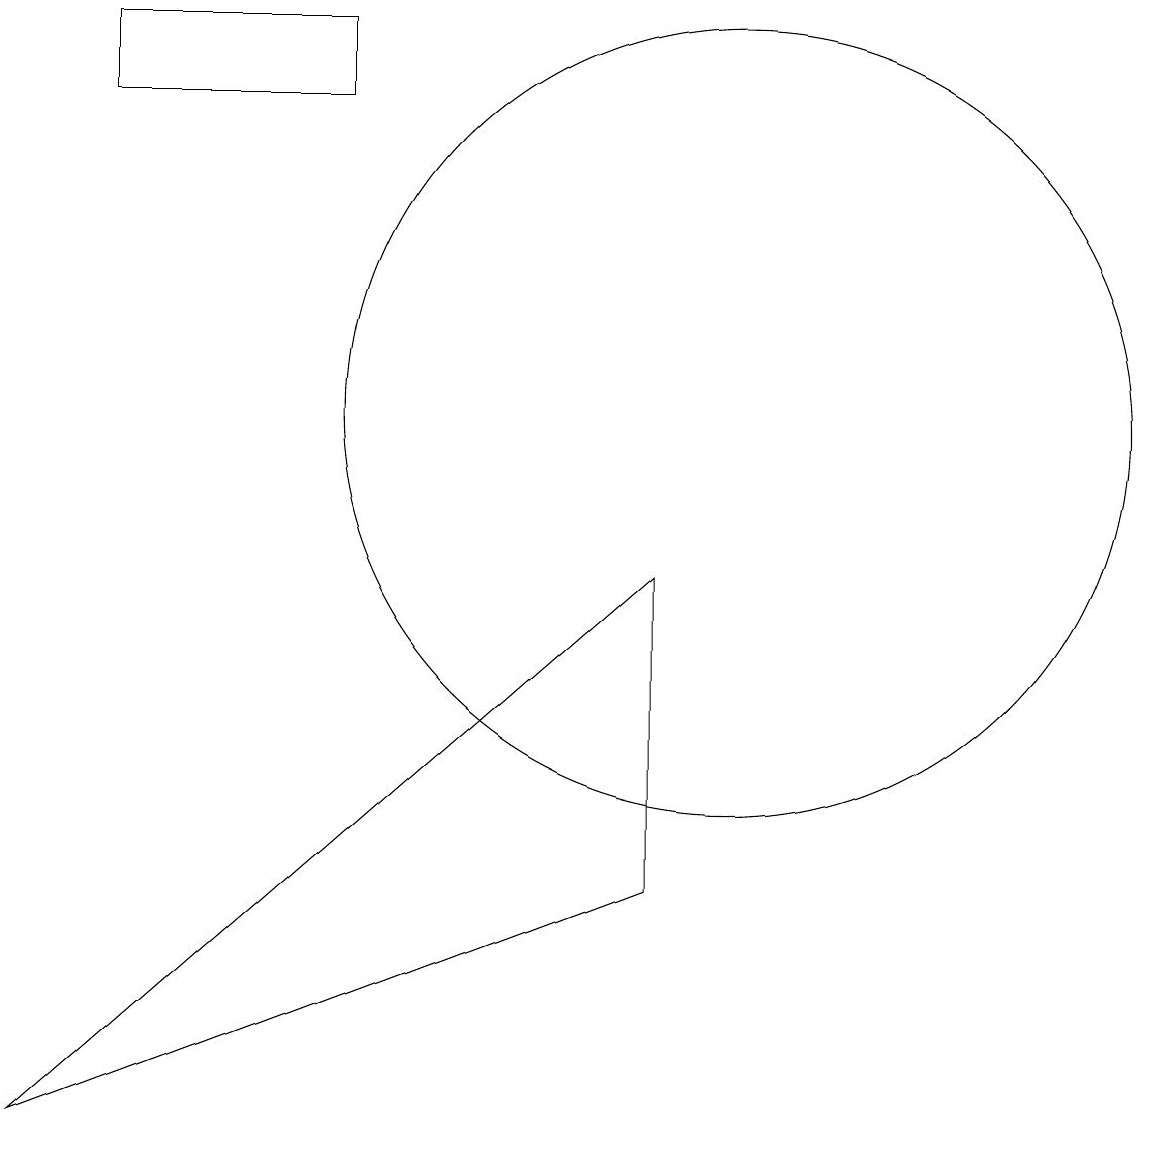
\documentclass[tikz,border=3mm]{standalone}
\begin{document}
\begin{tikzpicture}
\draw (9,9) -- (1,2) -- (9,5) -- cycle;
\draw (10,11) circle (5);
\draw (2,16) rectangle (5,15);
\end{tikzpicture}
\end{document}